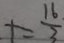
+ \frac { 1 6 } { 3 }